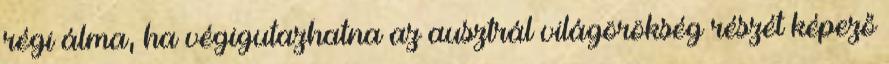
régi álma, ha végigutazhatna az ausztrál világörökség részét képező